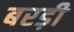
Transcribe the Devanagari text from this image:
बरड़ी